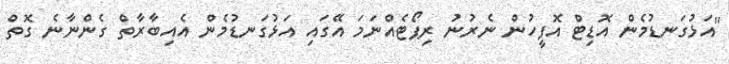
"އަޅުގަނޑުމެން އޮޑިޓް އޮފީހުން ނެރުނު ރިޕޯޓެއްނަމަ އޭގައި އަޅުގަނޑުމެން އެއިބާރާތް ގެންނާނެ ގޮތް